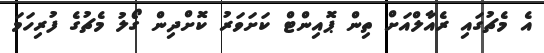
އެ މެޗުގައި ރެއާލްއަށް ތިން ޕޮއިންޓް ކަށަވަރު ކޮށްދިން ގޯލު މެޗުގެ ފުރިހަމަ